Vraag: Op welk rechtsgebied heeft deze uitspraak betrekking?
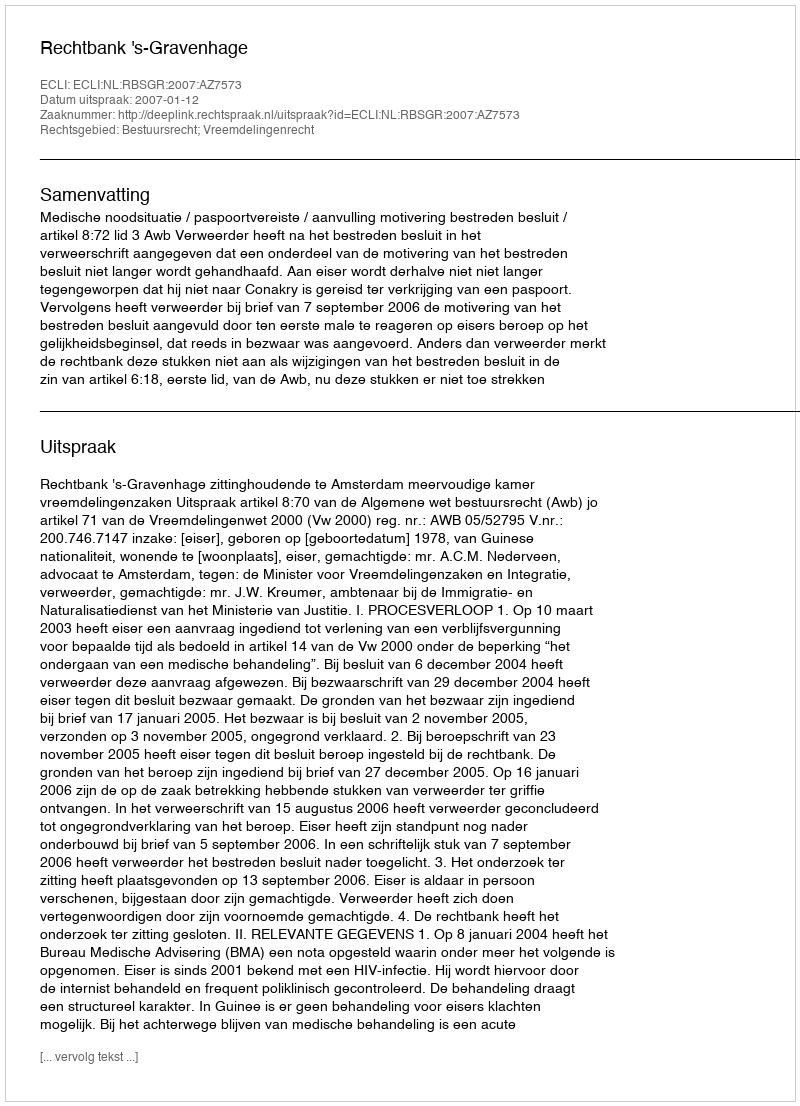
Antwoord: Bestuursrecht; Vreemdelingenrecht